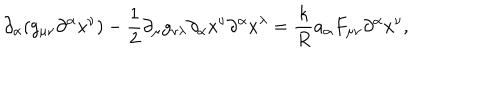
\partial _ { \alpha } ( g _ { \mu \nu } \partial ^ { \alpha } x ^ { \nu } ) - \frac { 1 } { 2 } \partial _ { \mu } g _ { \nu \lambda } \partial _ { \alpha } x ^ { \nu } \partial ^ { \alpha } x ^ { \lambda } = \frac { k } { R } { a _ { \alpha } } F _ { \mu \nu } \partial ^ { \alpha } x ^ { \nu } ,